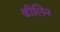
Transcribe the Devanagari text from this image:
ढीलिन